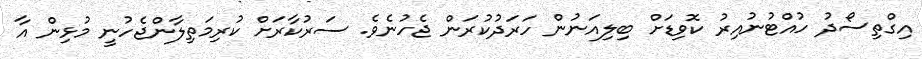
އިގްތިސޯދު ހުއްޓުނުއިރު ކޮވިޑަށް ބިލިއަނުން ހަރަދުކުރަން ޖެހުނެވެ. ސަރުކާރަށް ކުރިމަތިލާންޖެހުނީ މުޅިން އާ